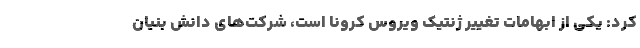
کرد: یکی از ابهامات تغییر ژنتیک ویروس کرونا است، شرکت‌های دانش بنیان